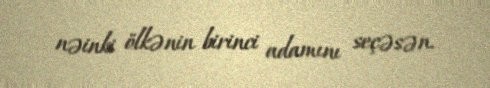
nəinki ölkənin birinci adamını seçəsən.